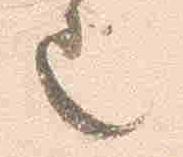
也